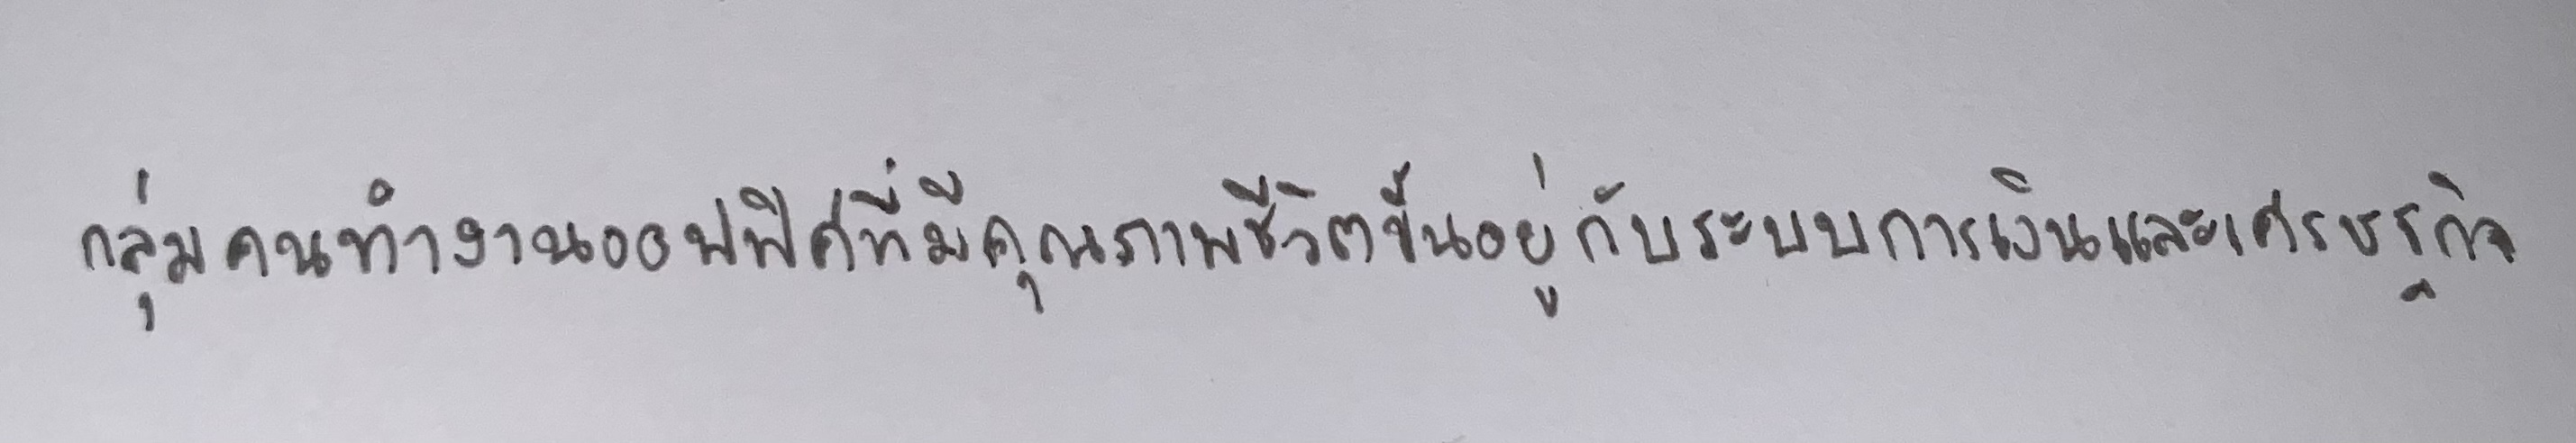
กลุ่มคนทำงานออฟฟิศที่มีคุณภาพชีวิตขึ้นอยู่กับระบบการเงินและเศรษฐกิจ